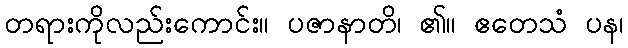
တရားကိုလည်းကောင်း။ ပဇာနာတိ၊ ၏။ ဧတေသံ ပန၊